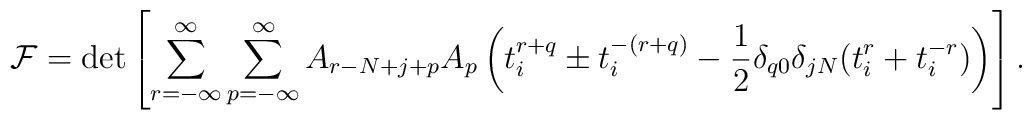
{\cal F} = \det \left[ \sum_{r=-{\infty}}^{\infty}\sum_{p=-{\infty}}^{\infty} A_{r-N+j+p}A_{p}\left(t_{i}^{r+q} \pm t_{i}^{-(r+q)} -\frac{1}{2}\delta_{q0}\delta_{jN}(t_{i}^{r}+t_{i}^{-r})\right)\right].